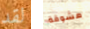
لقد مشوقة